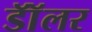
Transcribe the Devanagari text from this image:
डॉॅलर